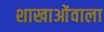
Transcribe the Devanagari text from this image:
शाखाओंवाला